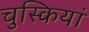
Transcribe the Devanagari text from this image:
चुस्कियां